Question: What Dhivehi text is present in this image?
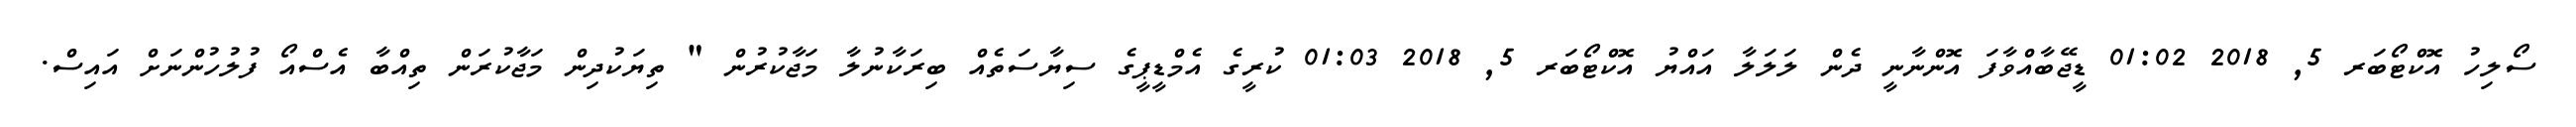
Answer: ސޯލިހު އޮކްޓޯބަރ 5, 2018 01:02 ޑީޖޭބާއްވާފަ އޮންނާނީ ދެން ލަލަލާ އައްޔު އޮކްޓޯބަރ 5, 2018 01:03 ކުރީގެ އެމްޑީޕީގެ ސިޔާސަތެއް ބިރަކާނުލާ މަޖާކުރުން " ތިޔަކުދިން މަޖާކުރަން ތިއްބާ އެސްއޯ ފުލުހުންނަށް އައިސް.